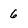
Character: 6